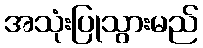
အသုံးပြုသွားမည်